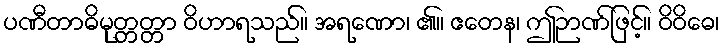
ပဏီတာဓိမုတ္တတ္တာ ဝိဟာရသည်။ အရဏော၊ ၏။ ဧတေန၊ ဤဉာဏ်ဖြင့်။ ဝိဝိဓေ၊